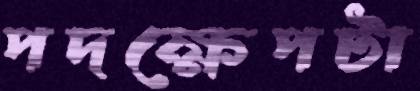
পদক্ষেপটা